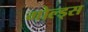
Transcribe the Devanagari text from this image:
गोल्ड्स